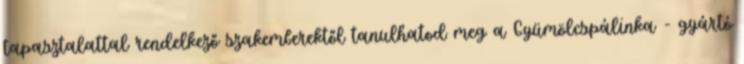
tapasztalattal rendelkező szakemberektől tanulhatod meg a Gyümölcspálinka - gyártó